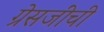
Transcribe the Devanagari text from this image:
ग्रेसजींची